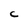
Character: C